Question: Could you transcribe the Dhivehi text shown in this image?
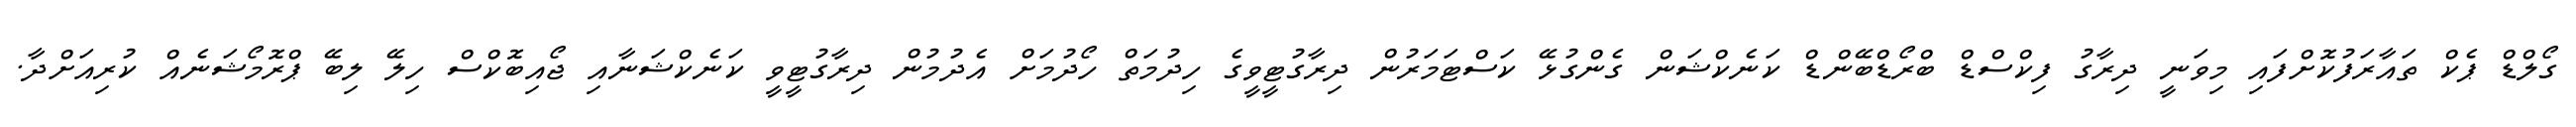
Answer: ގޯލްޑް ޕެކް ތައާރަފުކޮށްފައި މިވަނީ ދިރާގު ފިކްސްޑް ބްރޯޑްބޭންޑް ކަނެކްޝަން ގެންގުޅޭ ކަސްޓަމަރުން ދިރާގުޓީވީގެ ހިދުމަތް ހޯދުމަށް އެދުމުން ދިރާގުޓީވީ ކަނެކްޝަނާއި ޖޯއިބޮކްސް ހިލޭ ލިބޭ ޕްރޮމޯޝަނެއް ކުރިއަށްދާ.